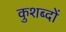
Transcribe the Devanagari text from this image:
कुशब्दों